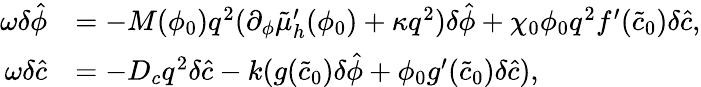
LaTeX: \begin{array}{rl}{\omega\delta\hat{\phi}}&{=-M(\phi_{0})q^{2}(\partial_{\phi}\tilde{\mu}_{h}^{\prime}(\phi_{0})+\kappa q^{2})\delta\hat{\phi}+\chi_{0}\phi_{0}q^{2}f^{\prime}(\tilde{c}_{0})\delta\hat{c},}\\ {\omega\delta\hat{c}}&{=-D_{c}q^{2}\delta\hat{c}-k(g(\tilde{c}_{0})\delta\hat{\phi}+\phi_{0}g^{\prime}(\tilde{c}_{0})\delta\hat{c}),}\end{array}